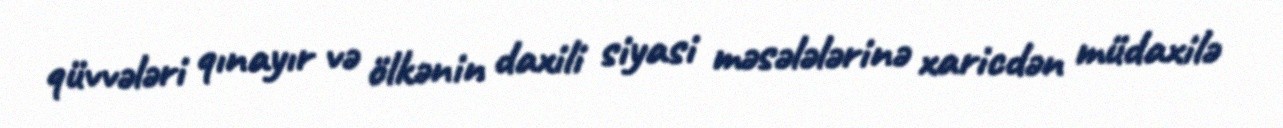
qüvvələri qınayır və ölkənin daxili siyasi məsələlərinə xaricdən müdaxilə